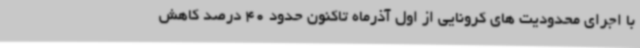
با اجرای محدودیت های کرونایی از اول آذرماه تاکنون حدود 40 درصد کاهش